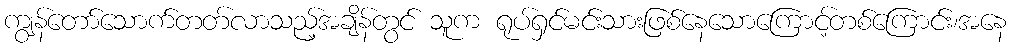
ကျွန်တော်သောက်တတ်လာသည့်အချိန်တွင် သူက ရုပ်ရှင်မင်းသားဖြစ်နေသောကြောင့်တစ်ကြောင်း၊အနေ